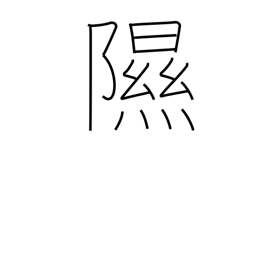
Meaning: be moist